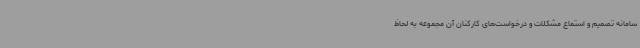
سامانه تصمیم و استماع مشکلات و درخواست‌های کارکنان آن مجموعه به لحاظ